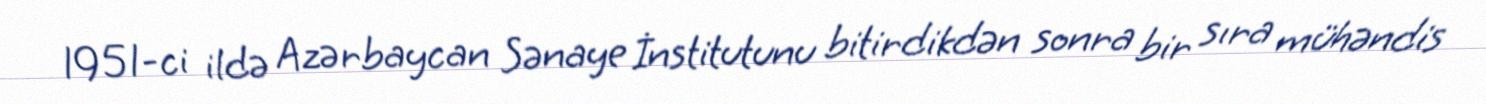
1951-ci ildə Azərbaycan Sənaye İnstitutunu bitirdikdən sonra bir sıra mühəndis